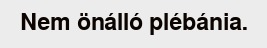
Nem önálló plébánia.